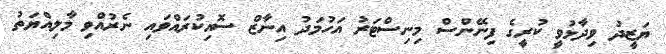
ޔަޒީދު ވިދާޅުވީ ކުރީގެ ފިނޭންސް މިނިސްޓަރު އަހުމަދު އިނާޒް ސޮއިކުރައްވައި ނެރުއްވި މާލިއްޔަތު